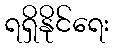
ရရှိနိုင်ရေး